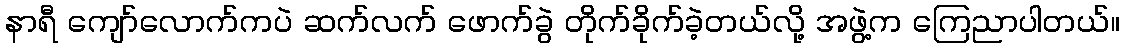
နာရီ ကျော်လောက်ကပဲ ဆက်လက် ဖောက်ခွဲ တိုက်ခိုက်ခဲ့တယ်လို့ အဖွဲ့က ကြေညာပါတယ်။